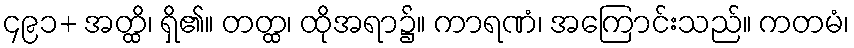
၄၉၁+ အတ္ထိ၊ ရှိ၏။ တတ္ထ၊ ထိုအရာ၌။ ကာရဏံ၊ အကြောင်းသည်။ ကတမံ၊